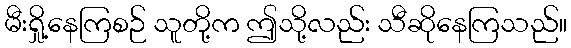
မီးရှို့နေကြစဉ် သူတို့က ဤသို့လည်း သီဆိုနေကြသည်။